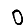
Digit: 0